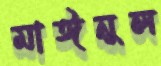
মাঈনুল